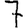
Digit: 7